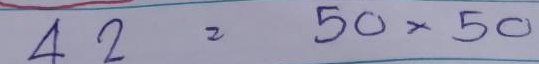
42 = 50 x 50